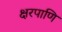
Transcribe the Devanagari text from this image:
क्षरपाणि